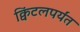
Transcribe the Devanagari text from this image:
क्विंटलपर्यंत